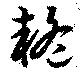
疑